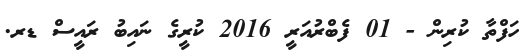
ހަފްތާ ކުރިން - 01 ފެބްރުއަރީ 2016 ކުރީގެ ނައިބު ރައީސް ޑރ.